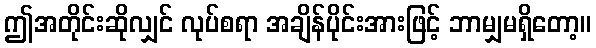
ဤအတိုင်းဆိုလျှင် လုပ်စရာ အချိန်ပိုင်းအားဖြင့် ဘာမျှမရှိတော့။